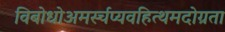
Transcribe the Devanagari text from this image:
विबोधोअमर्स्चप्यवहित्थमदोग्रता